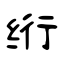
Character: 绗